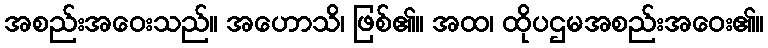
အစည်းအဝေးသည်။ အဟောသိ၊ ဖြစ်၏။ အထ၊ ထိုပဌမအစည်းအဝေး၏။